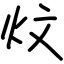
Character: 炆